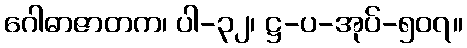
ဂေါဓာဇာတက၊ ပါ-၃၂၊ ဋ္ဌ-ပ-အုပ်-၅၀၇။